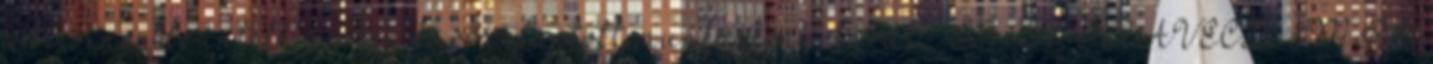
a kicsiny, de intelligensen karbantartott munkáskönyvtárat.” II 157; ORAVECZ IMRE: